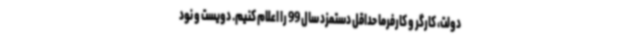
دولت، کارگر و کارفرما حداقل دستمزد سال 99 را اعلام کنیم. دویست و نود